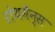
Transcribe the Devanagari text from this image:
रोथमैन्स